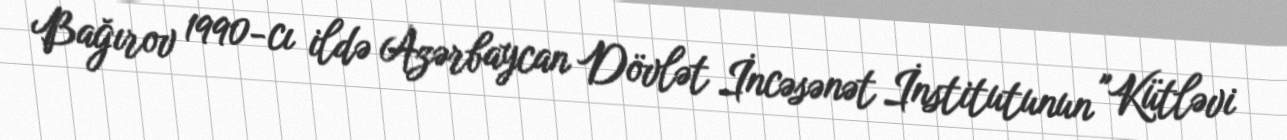
Bağırov 1990-cı ildə Azərbaycan Dövlət İncəsənət İnstitutunun "Kütləvi